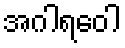
အဂါရဝေါ